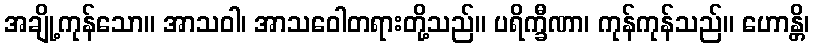
အချို့ကုန်သော။ အာသဝါ၊ အာသဝေါတရားတို့သည်။ ပရိက္ခီဏာ၊ ကုန်ကုန်သည်။ ဟောန္တိ၊